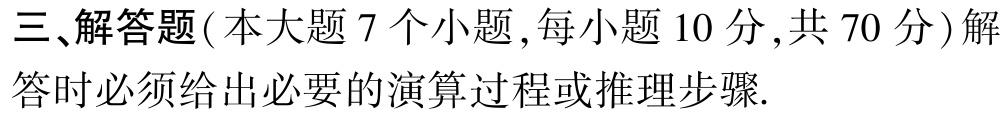
三、解答题(本大题 7 个小题,每小题 10 分,共 70 分)解答时必须给出必要的演算过程或推理步骤.